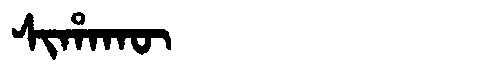
Manchu: ᠰᡳᡥᠠᡴᡡ
Romanization: SIHAKŪ